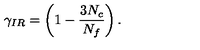
\gamma _ { I R } = \left( 1 - \frac { 3 N _ { c } } { N _ { f } } \right) .